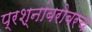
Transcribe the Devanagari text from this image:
प्रश्नांबरोबरच